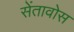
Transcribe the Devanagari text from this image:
सेंतावोस